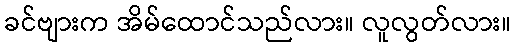
ခင်ဗျားက အိမ်ထောင်သည်လား။ လူလွတ်လား။